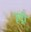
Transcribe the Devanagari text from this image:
रूद्री